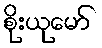
စိုးယုမော်